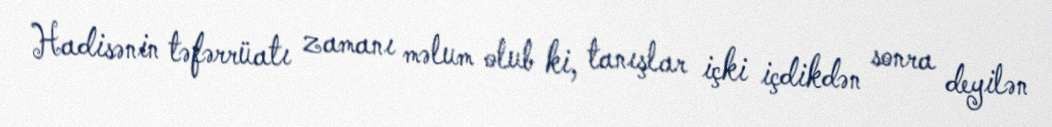
Hadisənin təfərrüatı zamanı məlum olub ki, tanışlar içki içdikdən sonra deyilən